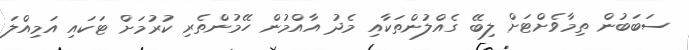
ސަބަބުން ތިމާވެށްޓަށް ލިބޭ ގެއްލުންތަކާއި މެދު އާއްމުން ހޭމުންތެރި ކުރުމަށް ޓަކައި އަމިއްލަ